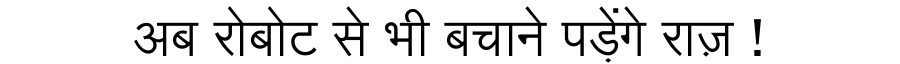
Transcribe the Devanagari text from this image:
अब रोबोट से भी बचाने पड़ेंगे राज़ !